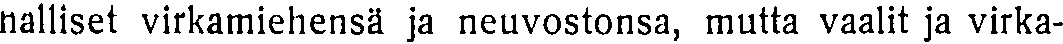
nalliset virkamiehensä ja neuvostonsa, mutta vaalit ja virka-